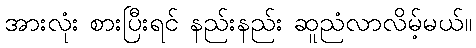
အားလုံး စားပြီးရင် နည်းနည်း ဆူညံလာလိမ့်မယ်။